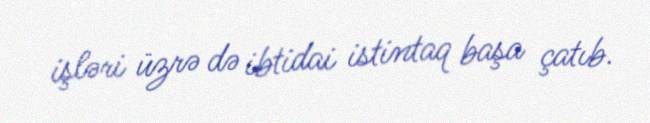
işləri üzrə də ibtidai istintaq başa çatıb.